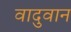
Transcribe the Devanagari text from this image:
वादुवान